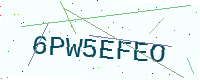
Text: 6PW5EFEO